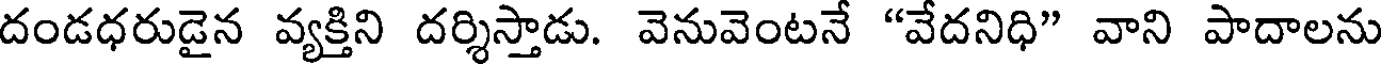
దండధరుడైన వ్యక్తిని దర్శిస్తాడు. వెనువెంటనే "వేదనిధి" వాని పాదాలను